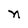
Character: n